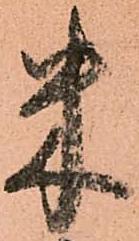
米